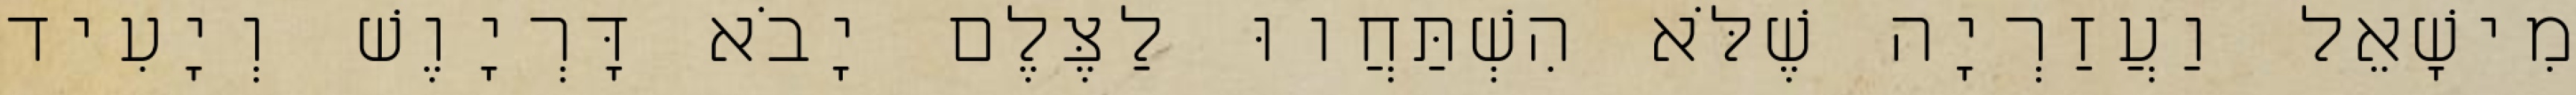
מִישָׁאֵל וַעֲזַרְיָה שֶׁלֹּא הִשְׁתַּחֲווּ לַצֶּלֶם יָבֹא דָּרְיָוֶשׁ וְיָעִיד